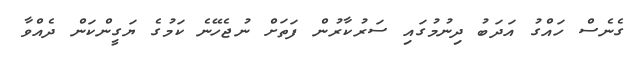
ގެނެސް ހައްގު އަދަބު ދިނުމުގައި ސަރުކާރުން ފަތަށް ނުޖެހޭނެ ކަމުގެ ޔަގީންކަން ދެއްވާ